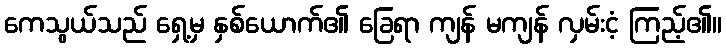
ကေသွယ်သည် ရှေ့မှ နှစ်ယောက်၏ ခြေရာ ကျန် မကျန် လှမ်းငံ့ ကြည့်၏။